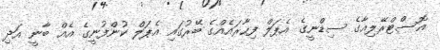
އޮސްޓްރޭލިއާގެ ސިޑްނީގެ އެޕަލް ފިހާރައެއްގެ ބޭރުގައި އެޕަލް ކުންފުނީގެ އެއް ބާނީ އަދި